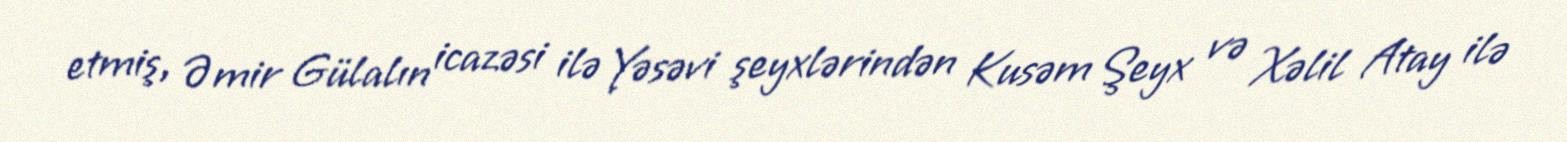
etmiş, Əmir Gülalın icazəsi ilə Yəsəvi şeyxlərindən Kusəm Şeyx və Xəlil Atay ilə